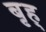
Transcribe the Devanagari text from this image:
बृह्